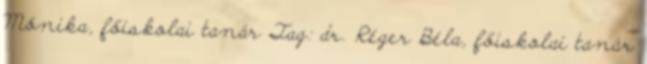
Mónika, főiskolai tanár Tag: dr. Réger Béla, főiskolai tanár